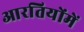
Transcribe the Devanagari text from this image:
आरतियोंमें